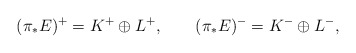
\begin{align*}(\pi_*E)^+=K^+\oplus L^+,\qquad(\pi_*E)^-=K^-\oplus L^-,\end{align*}